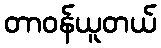
တာဝန်ယူတယ်